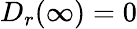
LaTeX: D_{r}(\infty)=0